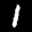
Label: 1